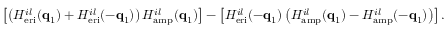
\left[ \left( H _ { \mathrm { e r i } } ^ { i l } ( \mathbf { q } _ { 1 } ) + H _ { \mathrm { e r i } } ^ { i l } ( - \mathbf { q } _ { 1 } ) \right) H _ { \mathrm { a m p } } ^ { i l } ( \mathbf { q } _ { 1 } ) \right] - \left[ H _ { \mathrm { e r i } } ^ { i l } ( - \mathbf { q } _ { 1 } ) \left( H _ { \mathrm { a m p } } ^ { i l } ( \mathbf { q } _ { 1 } ) - H _ { \mathrm { a m p } } ^ { i l } ( - \mathbf { q } _ { 1 } ) \right) \right] .